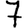
Digit: 7